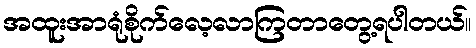
အထူးအာရုံစိုက်လေ့လာကြတာတွေ့ရပါတယ်။